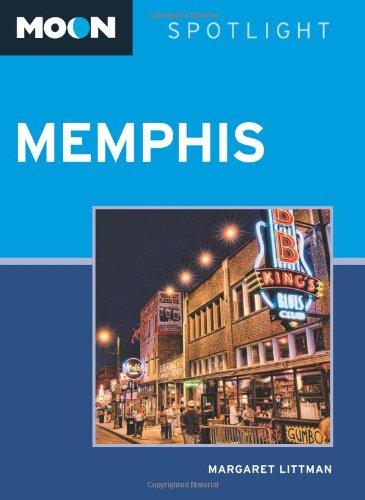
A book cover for Moon Spotlight Memphis; Margaret Littman; Travel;